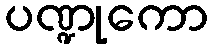
ပဏ္ဍုကော